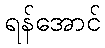
ရန်အောင်